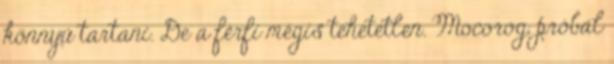
könnyű tartani. De a férfi mégis tehetetlen. Mocorog, próbál